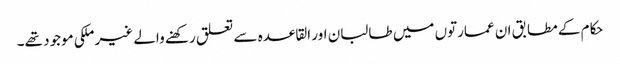
حکام کے مطابق ان عمارتوں میں طالبان اور القاعدہ سے تعلق رکھنے والے غیر ملکی موجود تھے۔